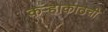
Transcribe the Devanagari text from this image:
कऱ्हाकाठची